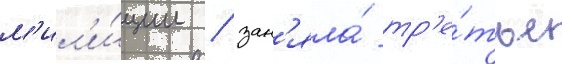
м'ил'и́ции / зан'яла́ тр'е́тье